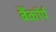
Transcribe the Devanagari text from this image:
बैंकॉर्प